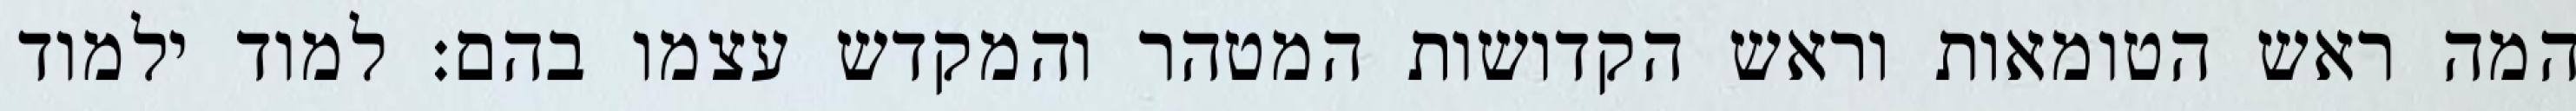
המה ראש הטומאות וראש הקדושות המטהר והמקדש עצמו בהם: למוד ילמוד